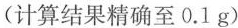
(计算结果精确至0.1g)